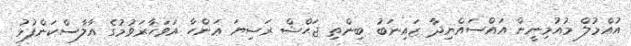
އުއްމުލް މުއުމިނީން އައްސައްޔިދާ ޒައިނަބު ބިންތި ޖަޙްޝް ރަޟިޔަ ޢަންހާ އަވަހާރަވުމުގެ އާލާސްކަންފުޅު